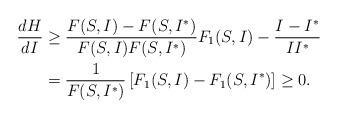
LaTeX: \begin{align*}\dfrac{dH}{dI}& \geq \dfrac{F(S,I)-F(S,I^{*})}{F(S,I)F(S,I^{*})}F_{1} (S,I)-\dfrac{I-I^{*}}{II^{*}}\\& = \dfrac{1}{F(S,I^{*})}\left[ F_{1}(S,I)-F_{1}(S,I^{*})\right]\geq 0. \end{align*}